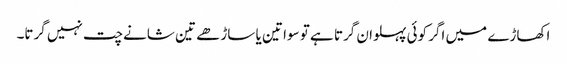
اکھاڑے میں اگر کوئی پہلوان گرتا ہے تو سوا تین یا ساڑھے تین شانے چت نہیں گرتا۔